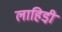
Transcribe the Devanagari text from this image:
लाहिडी़